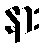
နား